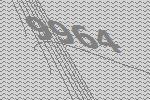
9964